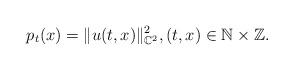
LaTeX: \begin{align*}p_t(x) = \|u(t,x)\|_{\mathbb{C}^2}^2, (t,x) \in \mathbb{N} \times \mathbb{Z}. \end{align*}